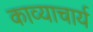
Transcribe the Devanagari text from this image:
काव्याचार्य